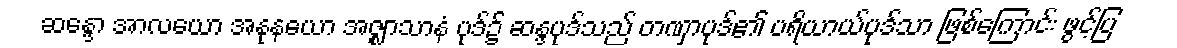
ဆန္ဒော အာလယော အနုနယော အဇ္ဈာသာနံ ပုဒ်၌ ဆန္ဒပုဒ်သည် တဏှာပုဒ်၏ ပရိယာယ်ပုဒ်သာ ဖြစ်ကြောင်း ဖွင့်ပြ